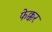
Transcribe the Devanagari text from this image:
फेक्कर